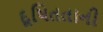
દૂષિતતાની